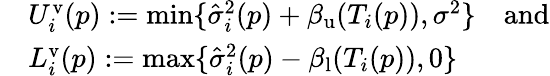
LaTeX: \begin{array}{rl}&{U_{i}^{\mathrm{v}}(p):=\operatorname*{min}\{ \hat{\sigma}_{i}^{2}(p)+\beta_{\mathrm{u}}(T_{i}(p)),\sigma^{2}\} \quad\mathrm{and}}\\ &{L_{i}^{\mathrm{v}}(p):=\operatorname*{max}\{ \hat{\sigma}_{i}^{2}(p)-\beta_{\mathrm{l}}(T_{i}(p)),0\} }\end{array}